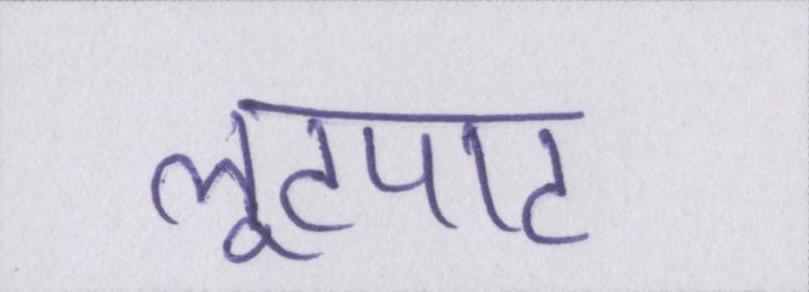
लूटपाट